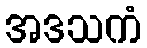
အဒသကံ